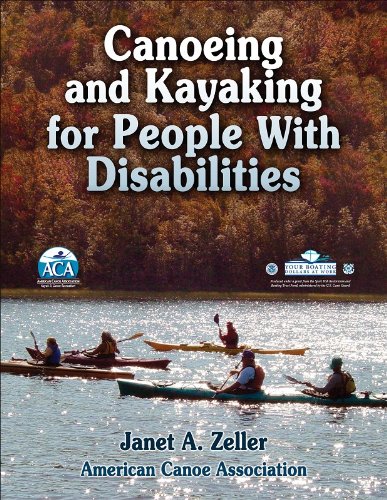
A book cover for Canoeing and Kayaking for People with Disabilities; Health, Fitness & Dieting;